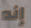
إنه